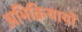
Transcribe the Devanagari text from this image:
अभिक्रियायों